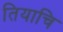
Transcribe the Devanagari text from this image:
तियाचि